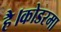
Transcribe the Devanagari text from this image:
है।कोडरमा